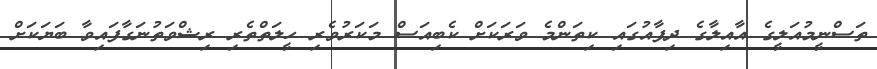
ތަސްނީމުއަލީގެ އާއިލާގެ ދިފާއުގައި ކިތަންމެ ވަރަކަށް ކެބިއަސް މަކަރުވެރި ހީލަތްތެރި ރިޝްވަތުނަގާފައިވާ ބަޔަކަށް